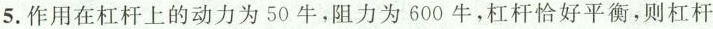
5.作用在杠杆上的动力为50牛，阻力为600牛，杠杆恰好平衡，则杠杆